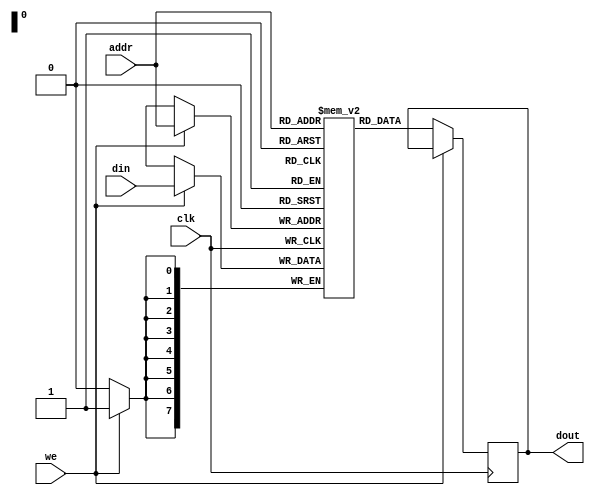
module ram(clk, addr, we, din, dout);
	input clk, we;
	input[7:0] addr;
	input[7:0] din;
	output reg[7:0] dout;
	
	reg[7:0] mem[32 * 5 - 1:0];
	
	always @(posedge clk) begin
		if (we)
			mem[addr] <= din;
		else
			dout <= mem[addr];
	end	
	
endmodule